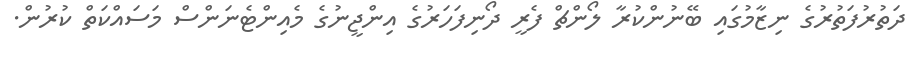
ދަތުރުފަތުރުގެ ނިޒާމުގައި ބޭނުންކުރާ ލޯންޗް ފެރީ ދޯނިފަހަރުގެ އިންޖީނުގެ މެއިންޓެނަންސް މަސައްކަތް ކުރުން.